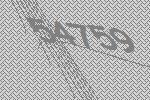
54759